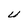
Character: U